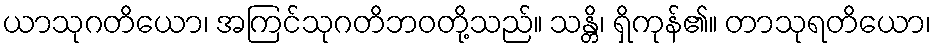
ယာသုဂတိယော၊ အကြင်သုဂတိဘဝတို့သည်။ သန္တိ၊ ရှိကုန်၏။ တာသုရတိယော၊